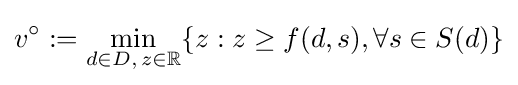
v^{\circ }:=\min _{d\in D,\,z\in \mathbb {R} }\{z:z\geq f(d,s),\forall s\in S(d)\}